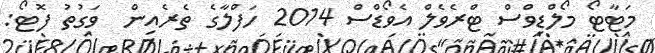
މަޓާޓޯ މޯލްޑިވްސް ޓްރެވެލް އެވޯޑްސް 2014 ހަފްލާގެ ތެރެއިން  ވަގުތު ފޮޓޯ: